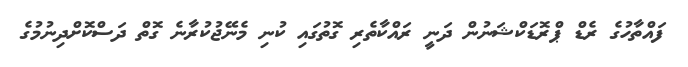
ފައްތާހުގެ ރެޑް ޕްރޮޑަކްޝަނުން ދަނީ ރައްކާތެރި ގޮތުގައި ކުނި މެނޭޖުކުރާނެ ގޮތް ދަސްކޮށްދިނުމުގެ